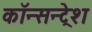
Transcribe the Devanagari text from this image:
कॉन्सन्ट्रेश